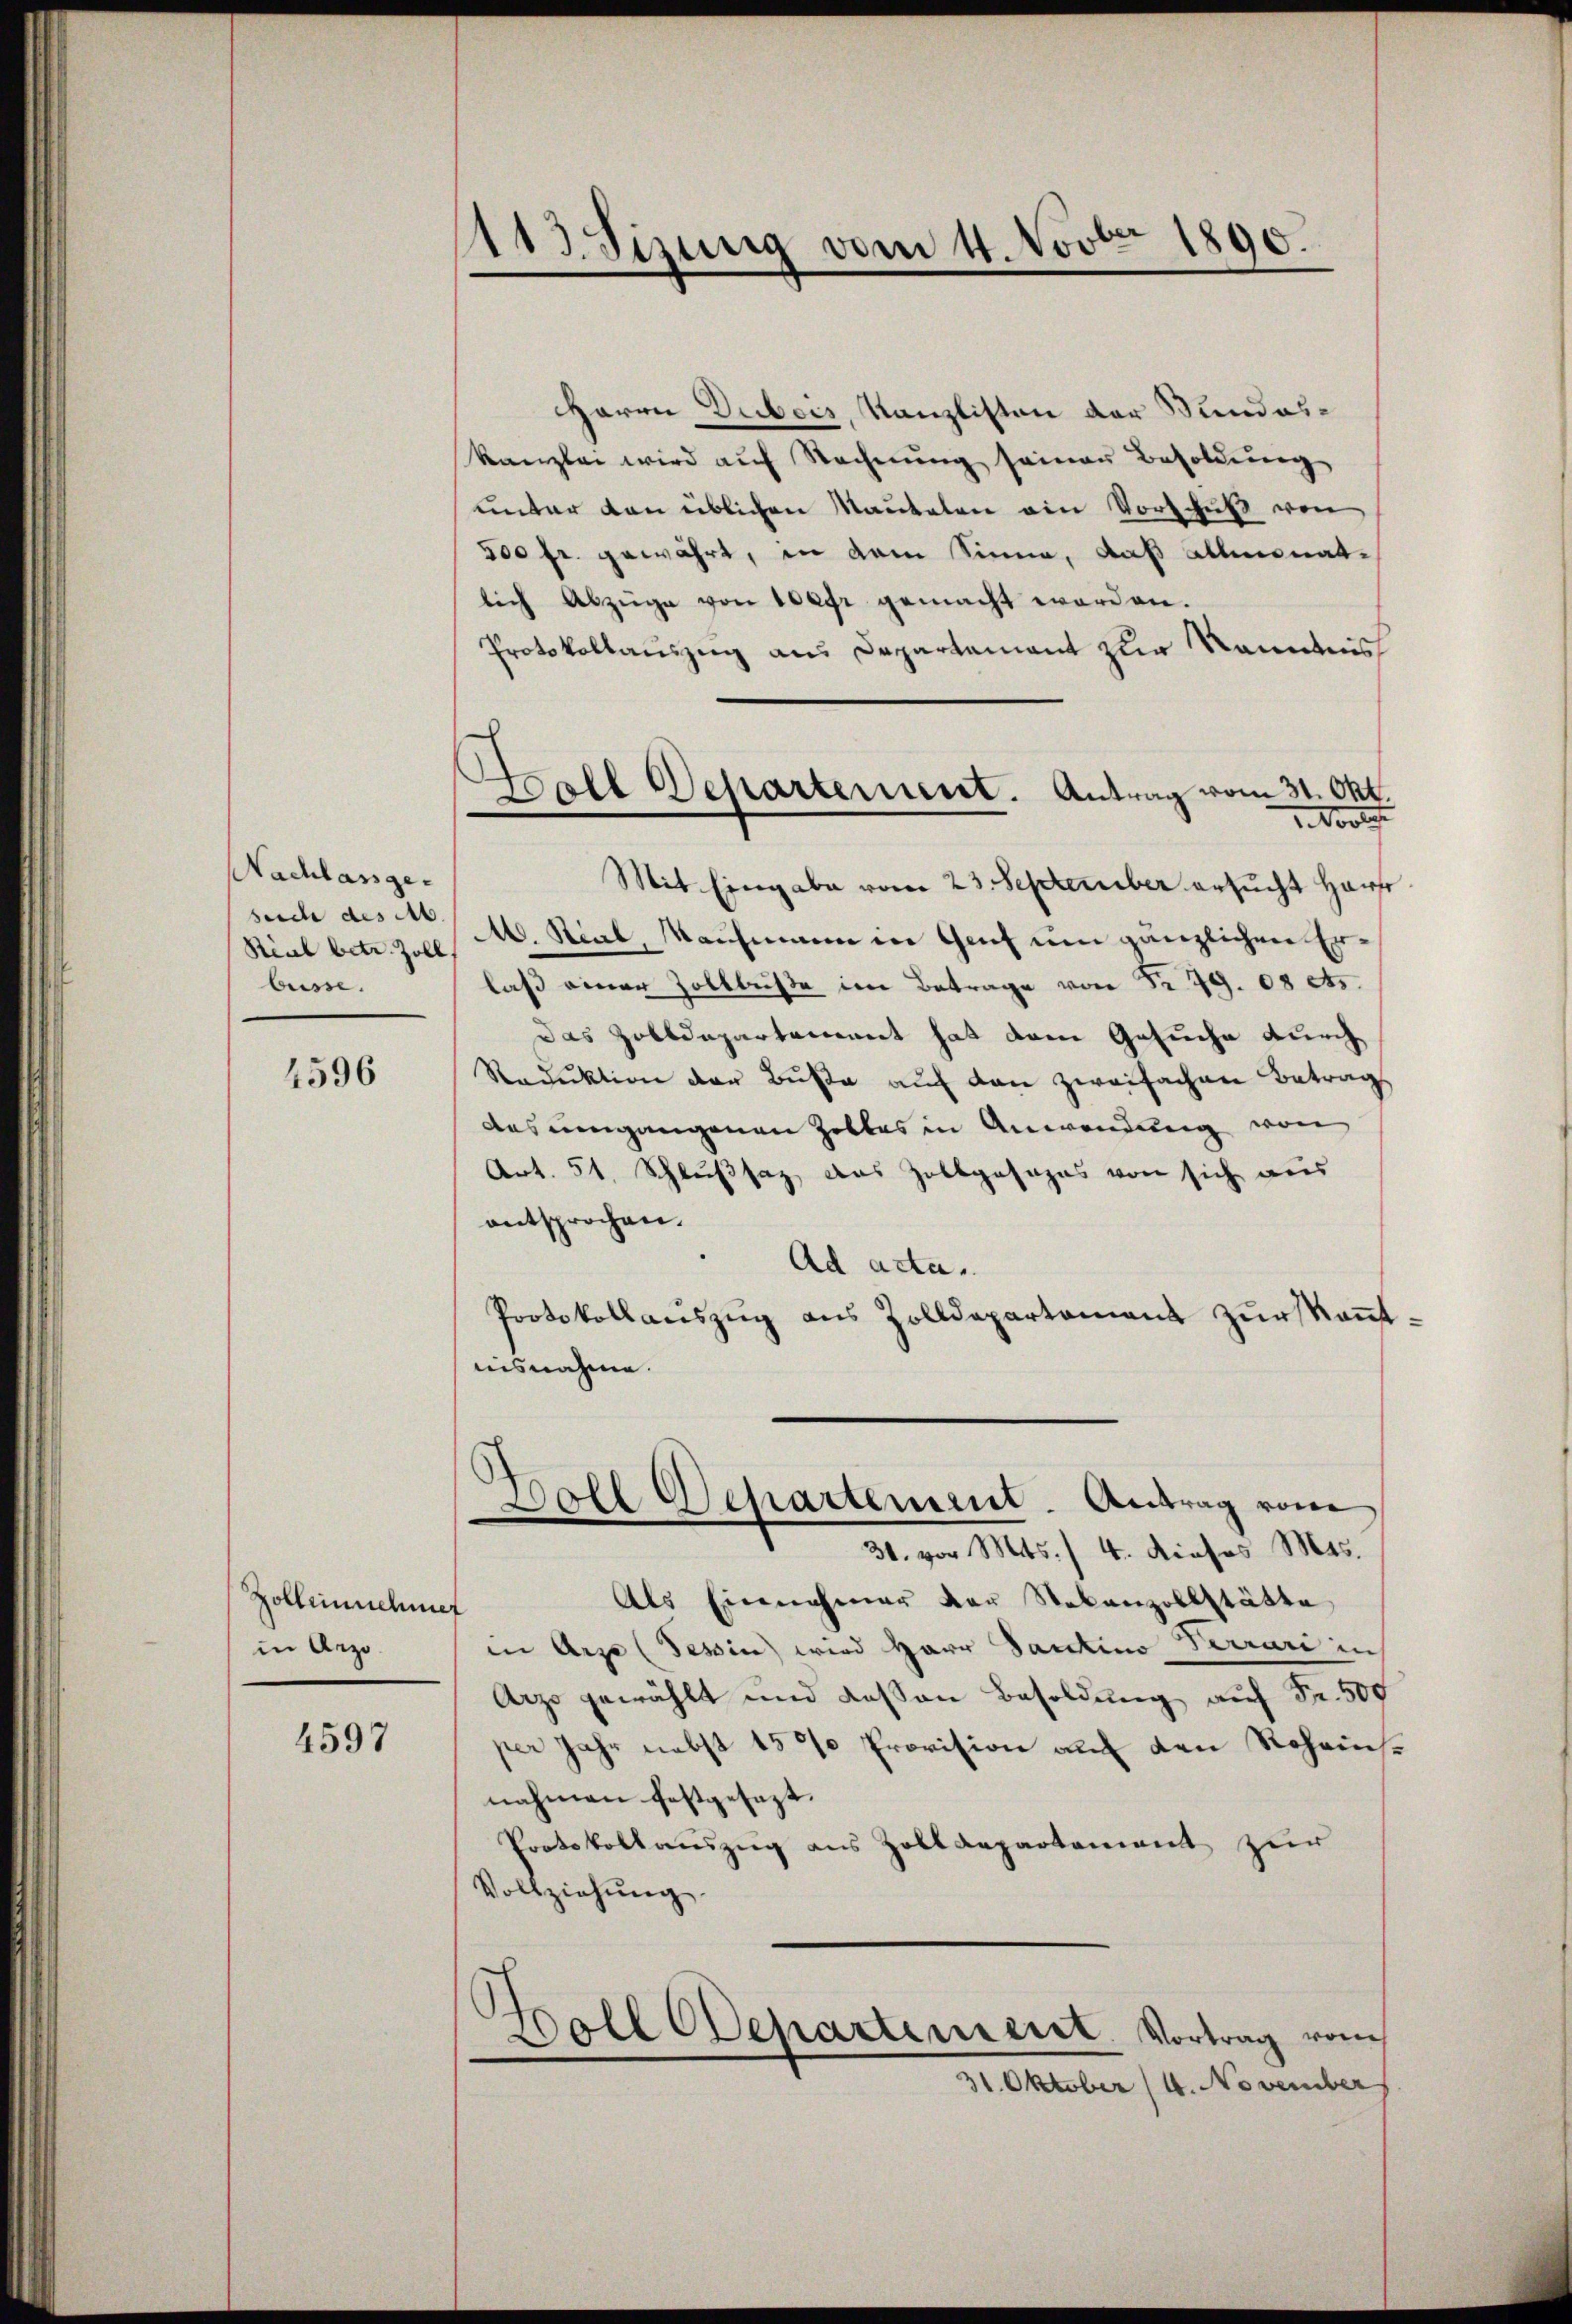
Nachlassge-
such des Ab.
Rial betr. Zoll,
büsse.

4596

Zolleinnehmer
in Arzo¬

4597

¬
13. Sizung vom 4. Novber 1890.

Herrn Dubois, Kanzlisten der Stundeskanzlei wird aŭf Rechnŭng seiner Besoldung
unter den üblichen Mautelen ein Vorschuß von
500 fr. gewährt, in dem Sinne, daß allmonatlich Abzüge von der gemacht worden.
Protokollauszug aus Departement zur Kenntnis
Vorles
Mit Eingabe vom 23. September ersucht Harfe
M. Stial, Wachmann in Genf um gänzlichen Erlaß einer Zollbuse im Betrage von Nr. 79. 08 ets.
das Zolldepartement hat dem Gesuche durch
Reduktion der Buße auf den zweifachen Betrag
des umgangenen Zelles in Anwendung von
Art. 51. Schlußsaz, das Zollgasans von sich aus
entsprochen.
Ad acta.
Protokollauszug aus Zolldepartement zur kanntuisnahme.
s
Doll Separtement. Antrag vom
31. vor Mts. / 4. dieses Mts.
Als Einnahmer der Stekenzollstätte
in Arze (Tessin wird Herr Santino Perrari in
Arzo gewählt und dessen Besoldung auf Fr. 500
per Jahr nebst 15 % Provision auf den Scheinsnahmen festgesezt.
Protokollauszug aus Zolldepartement zur
Vollziehung
.
oll Odepartement. Vortrag vom
31. Oktober (4. November

Ball Departement. Antrag vom 31. Okt.